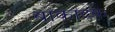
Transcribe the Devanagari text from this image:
बाकाटक